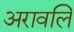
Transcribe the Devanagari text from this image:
अरावलि